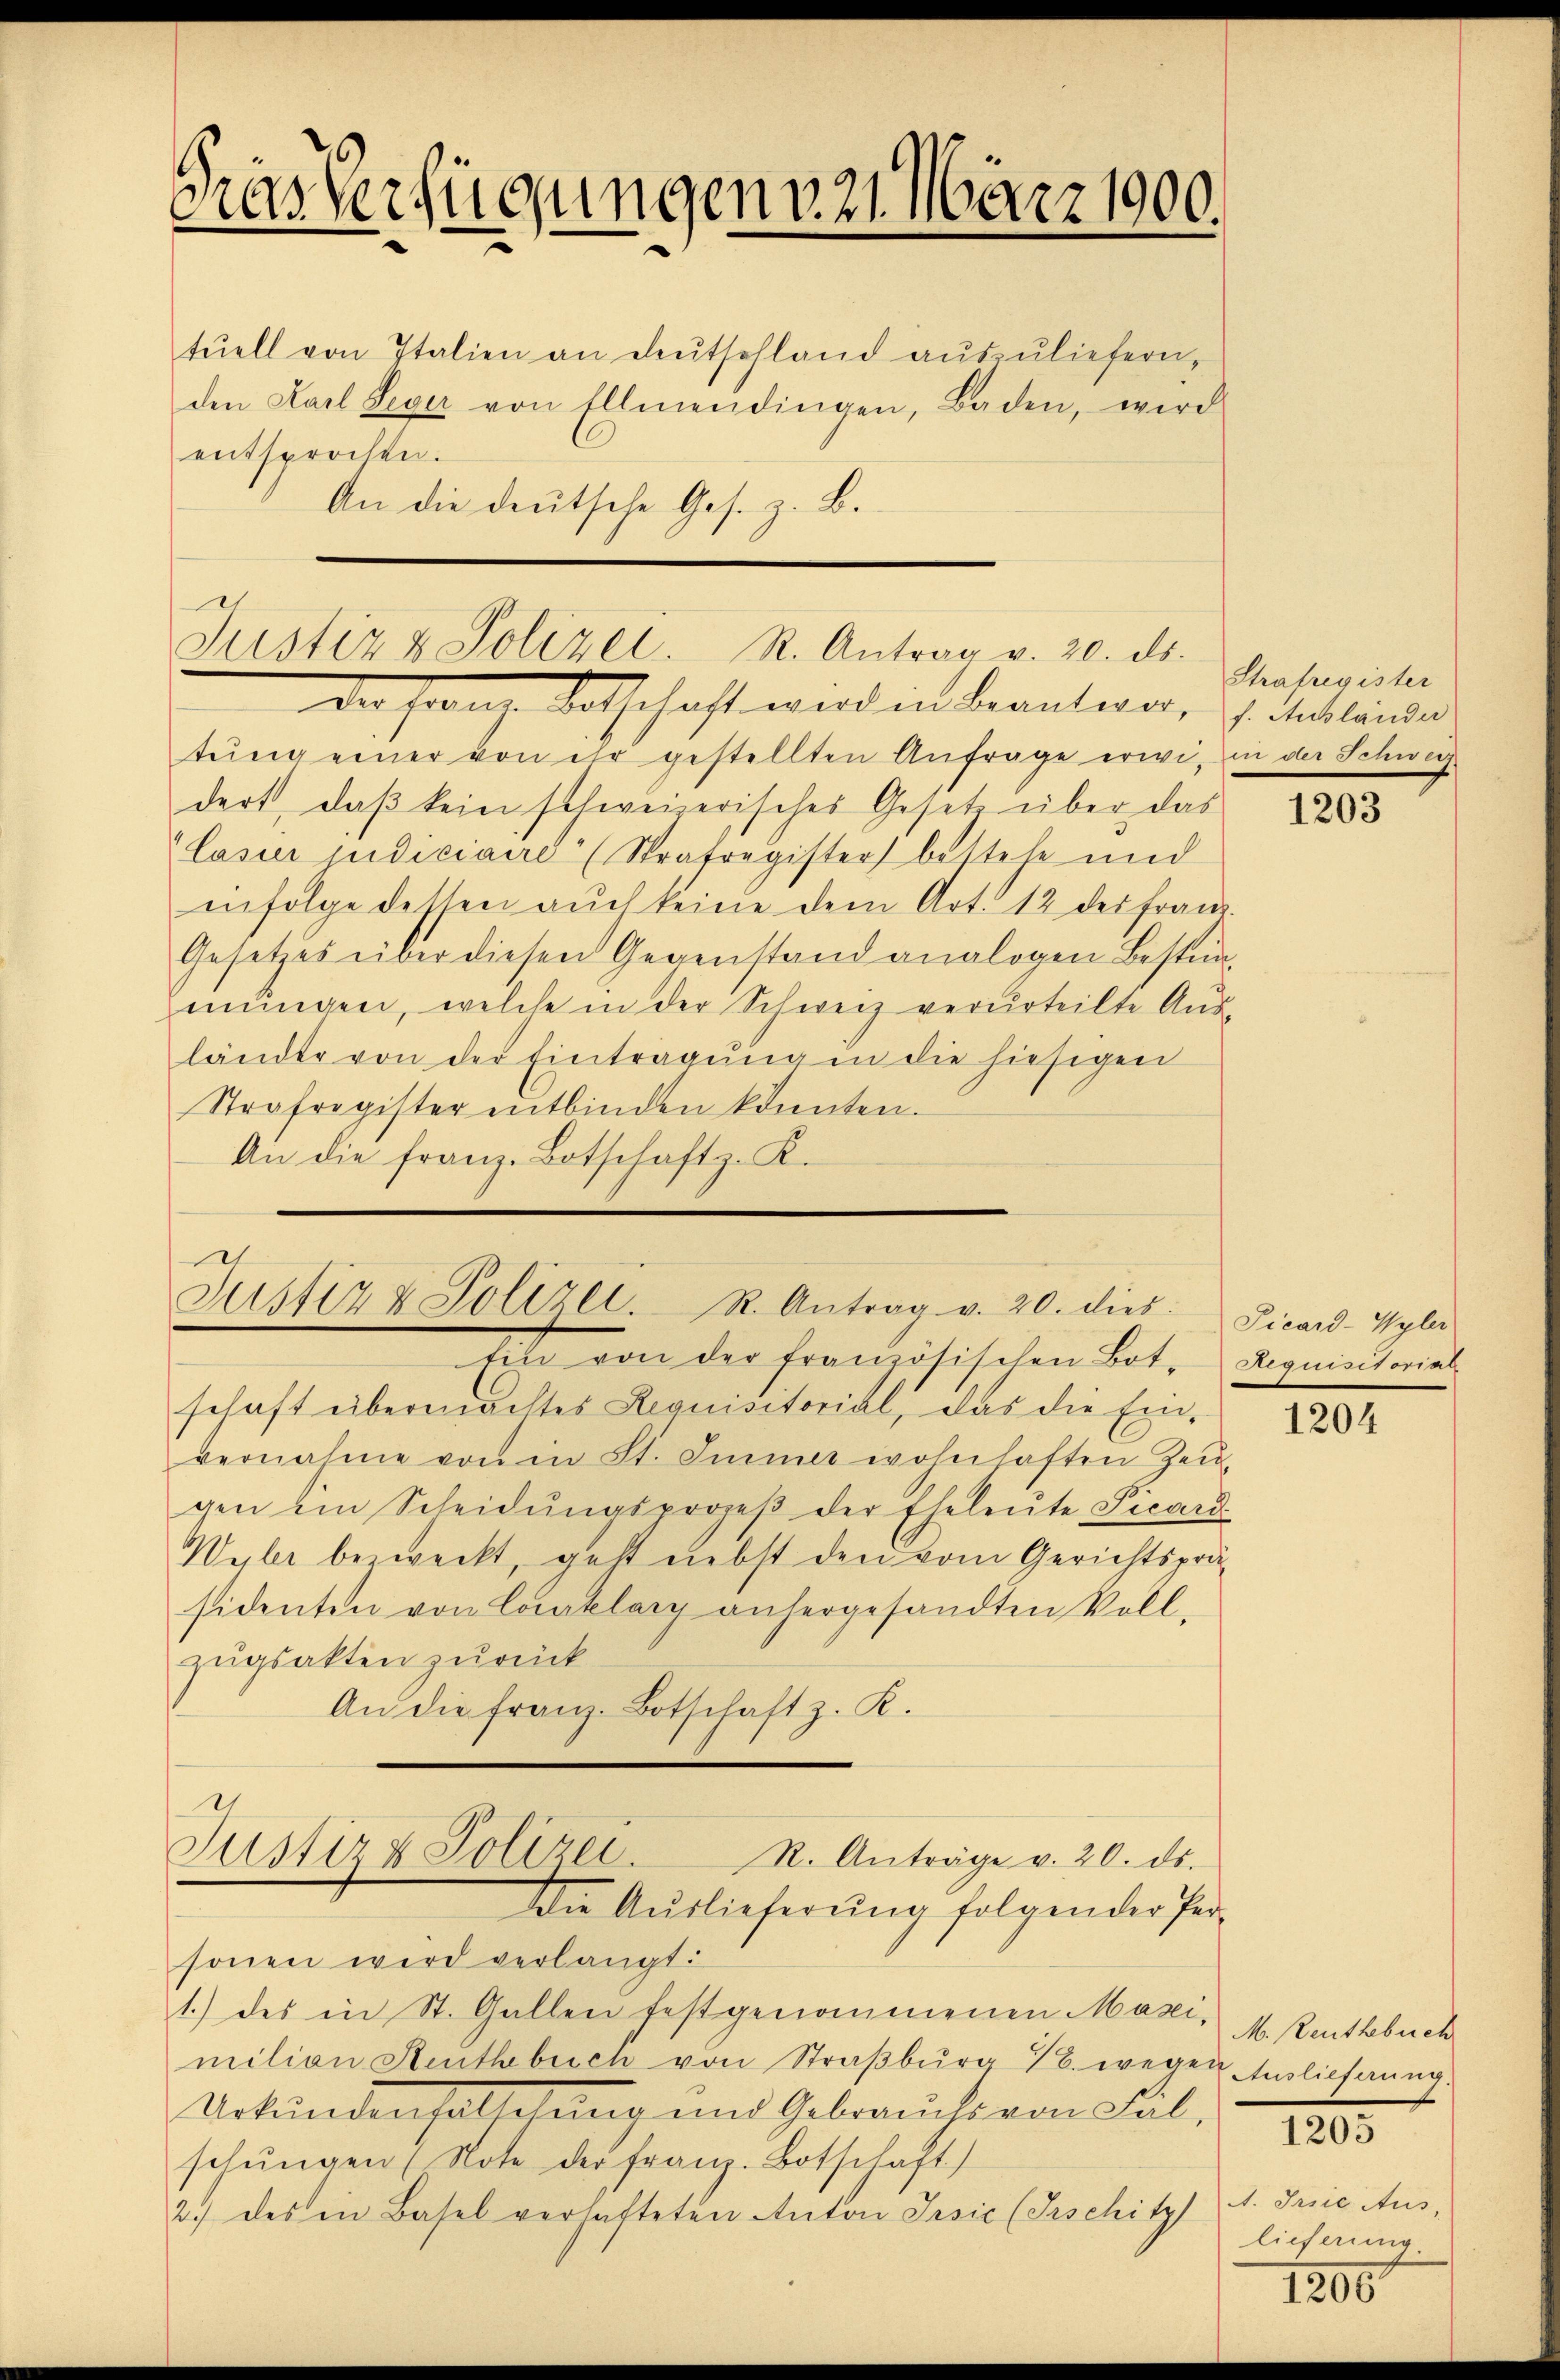
Prasverfügungens 2. März 1900,
u

tŭell von Italien an deŭtschland aŭszŭliefern,
den Karl Leger von Ellmendingen, Baden, wird
entsprochen.
An die deutsche Ges. z. B.

.
Justiz & Polizei. R. Antrag v. 20. ds.

dasnach Vorschaft wird in Beantwar, u. Ankländer
tŭng einer von ihr gestellten Anfrage erwi, in der Schweiz
dert, daβ kein schweizerisches Gesetz über das
lasur indiciaire“ (Strafregister bestehe und
infolge dessen aŭch keine dem Art. 12 des franz.
Gesetzes über diesen Gegenstand analogen Bestünmungen, welche in der Schweiz verurteilte Ausländer von der Eintragŭng in die hiesigen
Strafregister entbinden könnten.
An die franz-Botschaft z. K.

e
Justiz & Polizei. R. Antrag v. 20. dies. Picard-Wyler

Strafregister

Ein von der französischen Bot- Requisitorial
schaft übermachtes Requisitorial, das die Ein-
vernahme von in St. Immer wohnhaften Zei
gen in Scheidŭngsprozeβ der Eheleŭte Picard-
Wyler bezweckt, geht nebst den vom Gerichtspräsidenten von Conklary anhergesandten Vollzugsakten zurück
An die Franz-Botschaft z. K.
I
Justiz & Polizei.
R. Anträge v. 20. ds.
Die Aŭslieferŭng folgender Per-
sonen wird verlangt:
1.) des in St. Gallen festgenommenen Masi, M. Rentsbuch
milian Stenthebuch von Straβbŭrg 7. wegen Endlichnŭng.
Urkundenfalschang und Gebrauchs von Fal
schŭngen (Note der franz. Botschaft)
2.) des in Basel verhafteten Anton Irsić (Trschitz

1203

1204

1205

A. Freie Aus
lieferung

1205